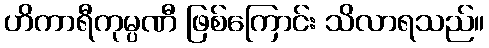
ဟိကာရီကုမ္ပဏီ ဖြစ်ကြောင်း သိလာရသည်။